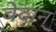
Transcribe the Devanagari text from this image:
वेदान्